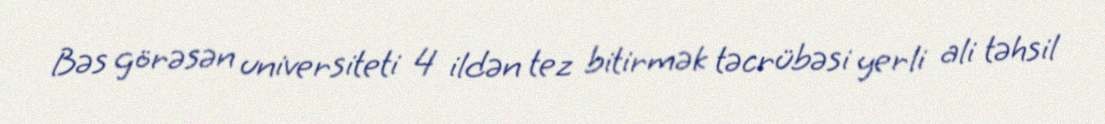
Bəs görəsən universiteti 4 ildən tez bitirmək təcrübəsi yerli ali təhsil